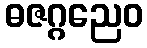
ဓဇဂ္ဂညေဝ